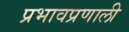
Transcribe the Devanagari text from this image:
प्रभावप्रणाली